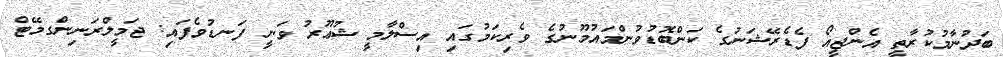
ބަދުނާމުކުރާތީ އެންޖީއޯ ފެޑެރޭޝަނުގެ ކަންބޮޑުވުންމައުމޫނުގެ ވެރިކަމުގައި އިސްލާމީ ޝުޢޫރު ވަނީ ފަނޑުވެފައި: ޖަމީލްރަނިންގމޭޓް